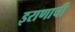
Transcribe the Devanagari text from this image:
इराणाची